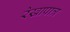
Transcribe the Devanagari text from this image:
रेखापात्र